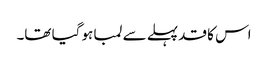
اس کا قد پہلے سے لمبا ہو گیا تھا۔